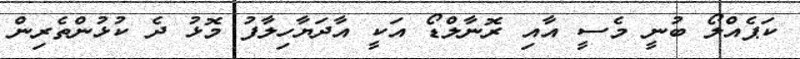
ކަޕެއްލޯ ބުނީ މެސީ އާއި ރޮނާލްޑޯ އަކީ އާދަޔާހިލާފު މޮޅު ދެ ކުޅުންތެރިން